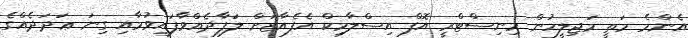
އެންމެ މަތީ މަޖިލީހުން މިނިސްޓްރީ އޮފް އިސްލާމިކް އެފެއާޒަށް ލަފާދެއްވާފައިވުމާއި ގިނަ ޢަދަދެއްގެ